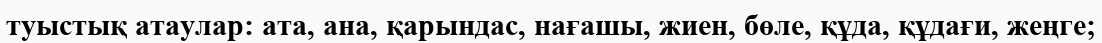
туыстық атаулар: ата, ана, қарындас, нағашы, жиен, бөле, құда, құдағи, жеңге;